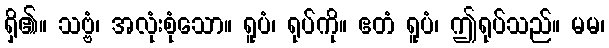
ရှိ၏။ သဗ္ဗံ၊ အလုံးစုံသော။ ရူပံ၊ ရုပ်ကို။ ဧတံ ရူပံ၊ ဤရုပ်သည်။ မမ၊